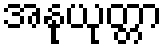
အနုယုတ္တာ